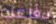
دفاعك